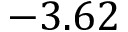
- 3 . 6 2